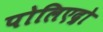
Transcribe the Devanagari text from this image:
पोलिएद्रो